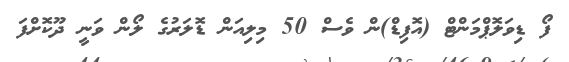
ފޯ ޑިވަލޮޕްމަންޓް (އޮފިޑް)ން ވެސް 50 މިލިއަން ޑޮލަރުގެ ލޯން ވަނީ ދޫކޮށްފަ